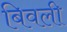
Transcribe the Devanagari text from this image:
बिवली